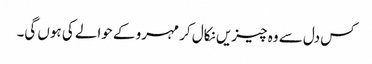
کس دل سے وہ چیزیں نکال کر مہرو کے حوالے کی ہوں گی۔